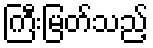
ကြီးမြတ်သည့်